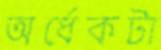
অর্ধেকটা